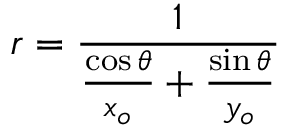
r = { \frac { 1 } { { \frac { \cos \theta } { x _ { o } } } + { \frac { \sin \theta } { y _ { o } } } } }